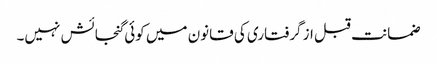
ضمانت قبل از گرفتاری کی قانون میں کوئی گنجائش نہیں۔